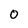
Character: 0